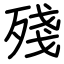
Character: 殘